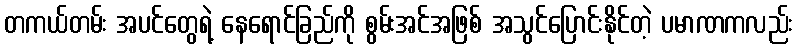
တကယ်တမ်း အပင်တွေရဲ့ နေရောင်ခြည်ကို စွမ်းအင်အဖြစ် အသွင်ပြောင်းနိုင်တဲ့ ပမာဏကလည်း